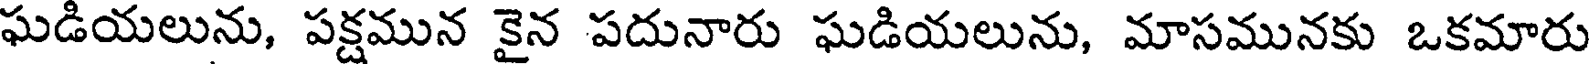
ఘడియలును, పక్షమున కైన పదునారు ఘడియలును, మాసమునకు ఒకమారు